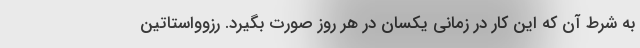
به شرط آن که این کار در زمانی یکسان در هر روز صورت بگیرد. رزوواستاتین